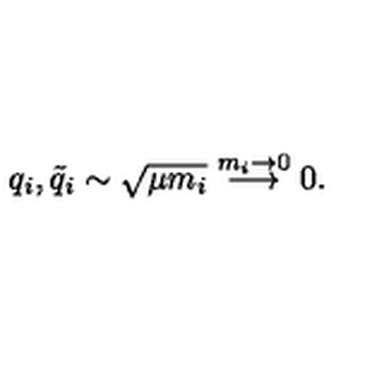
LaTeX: q _ { i } , { \tilde { q } } _ { i } \sim \sqrt { \mu m _ { i } } \stackrel { m _ { i } \to 0 } { \longrightarrow } 0 .